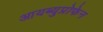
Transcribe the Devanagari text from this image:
आयब्युप्रोफेन